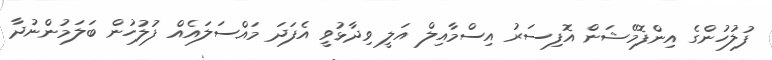
ފުލުހުންގެ އިންފޮމޭޝަން އޮފިސަރު އިސްމާއިލް އަލީ ވިދާޅުވީ އެފަދަ މައްސަލައެއް ފުލުހުން ބަލަމުންނުދާ